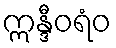
ဣန္ဒီဝရံဝ